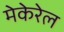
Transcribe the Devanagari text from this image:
मेकेरेल